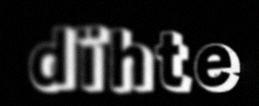
dïhte